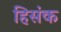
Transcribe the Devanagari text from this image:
हिसंक